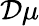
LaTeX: {\cal D}\mu